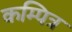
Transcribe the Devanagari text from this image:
कम्पित्र